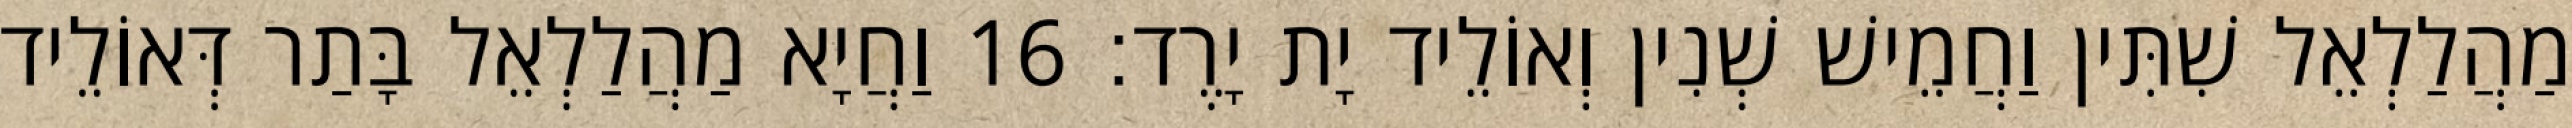
מַהֲלַלְאֵל שִׁתִּין וַחֲמֵישׁ שְׁנִין וְאוֹלֵיד יָת יָרֶד׃ 16 וַחֲיָא מַהֲלַלְאֵל בָּתַר דְּאוֹלֵיד